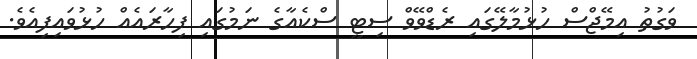
ވަގުތު އިމޭޖްސް ހުޅުމާލޭގައި ރެޑްވޭވް ސިޓީ ސްކެއާގެ ނަމުގައި ފިހާރައެއް ހުޅުވައިފިއެވެ.